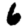
Digit: 6